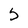
Character: S